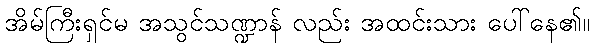
အိမ်ကြီးရှင်မ အသွင်သဏ္ဍာန် လည်း အထင်းသား ပေါ်နေ၏။